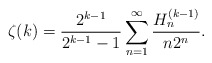
\begin{align*}\zeta (k)\allowbreak =\allowbreak \frac{2^{k-1}}{2^{k-1}-1}\sum_{n=1}^{\infty }\frac{H_{n}^{(k-1)}}{n2^{n}}. \end{align*}